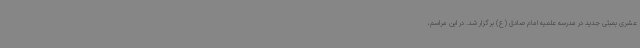
عشری بمبئی جدید در مدرسه علمیه امام صادق (ع) برگزار شد. در این مراسم،